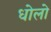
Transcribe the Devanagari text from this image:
धोलो